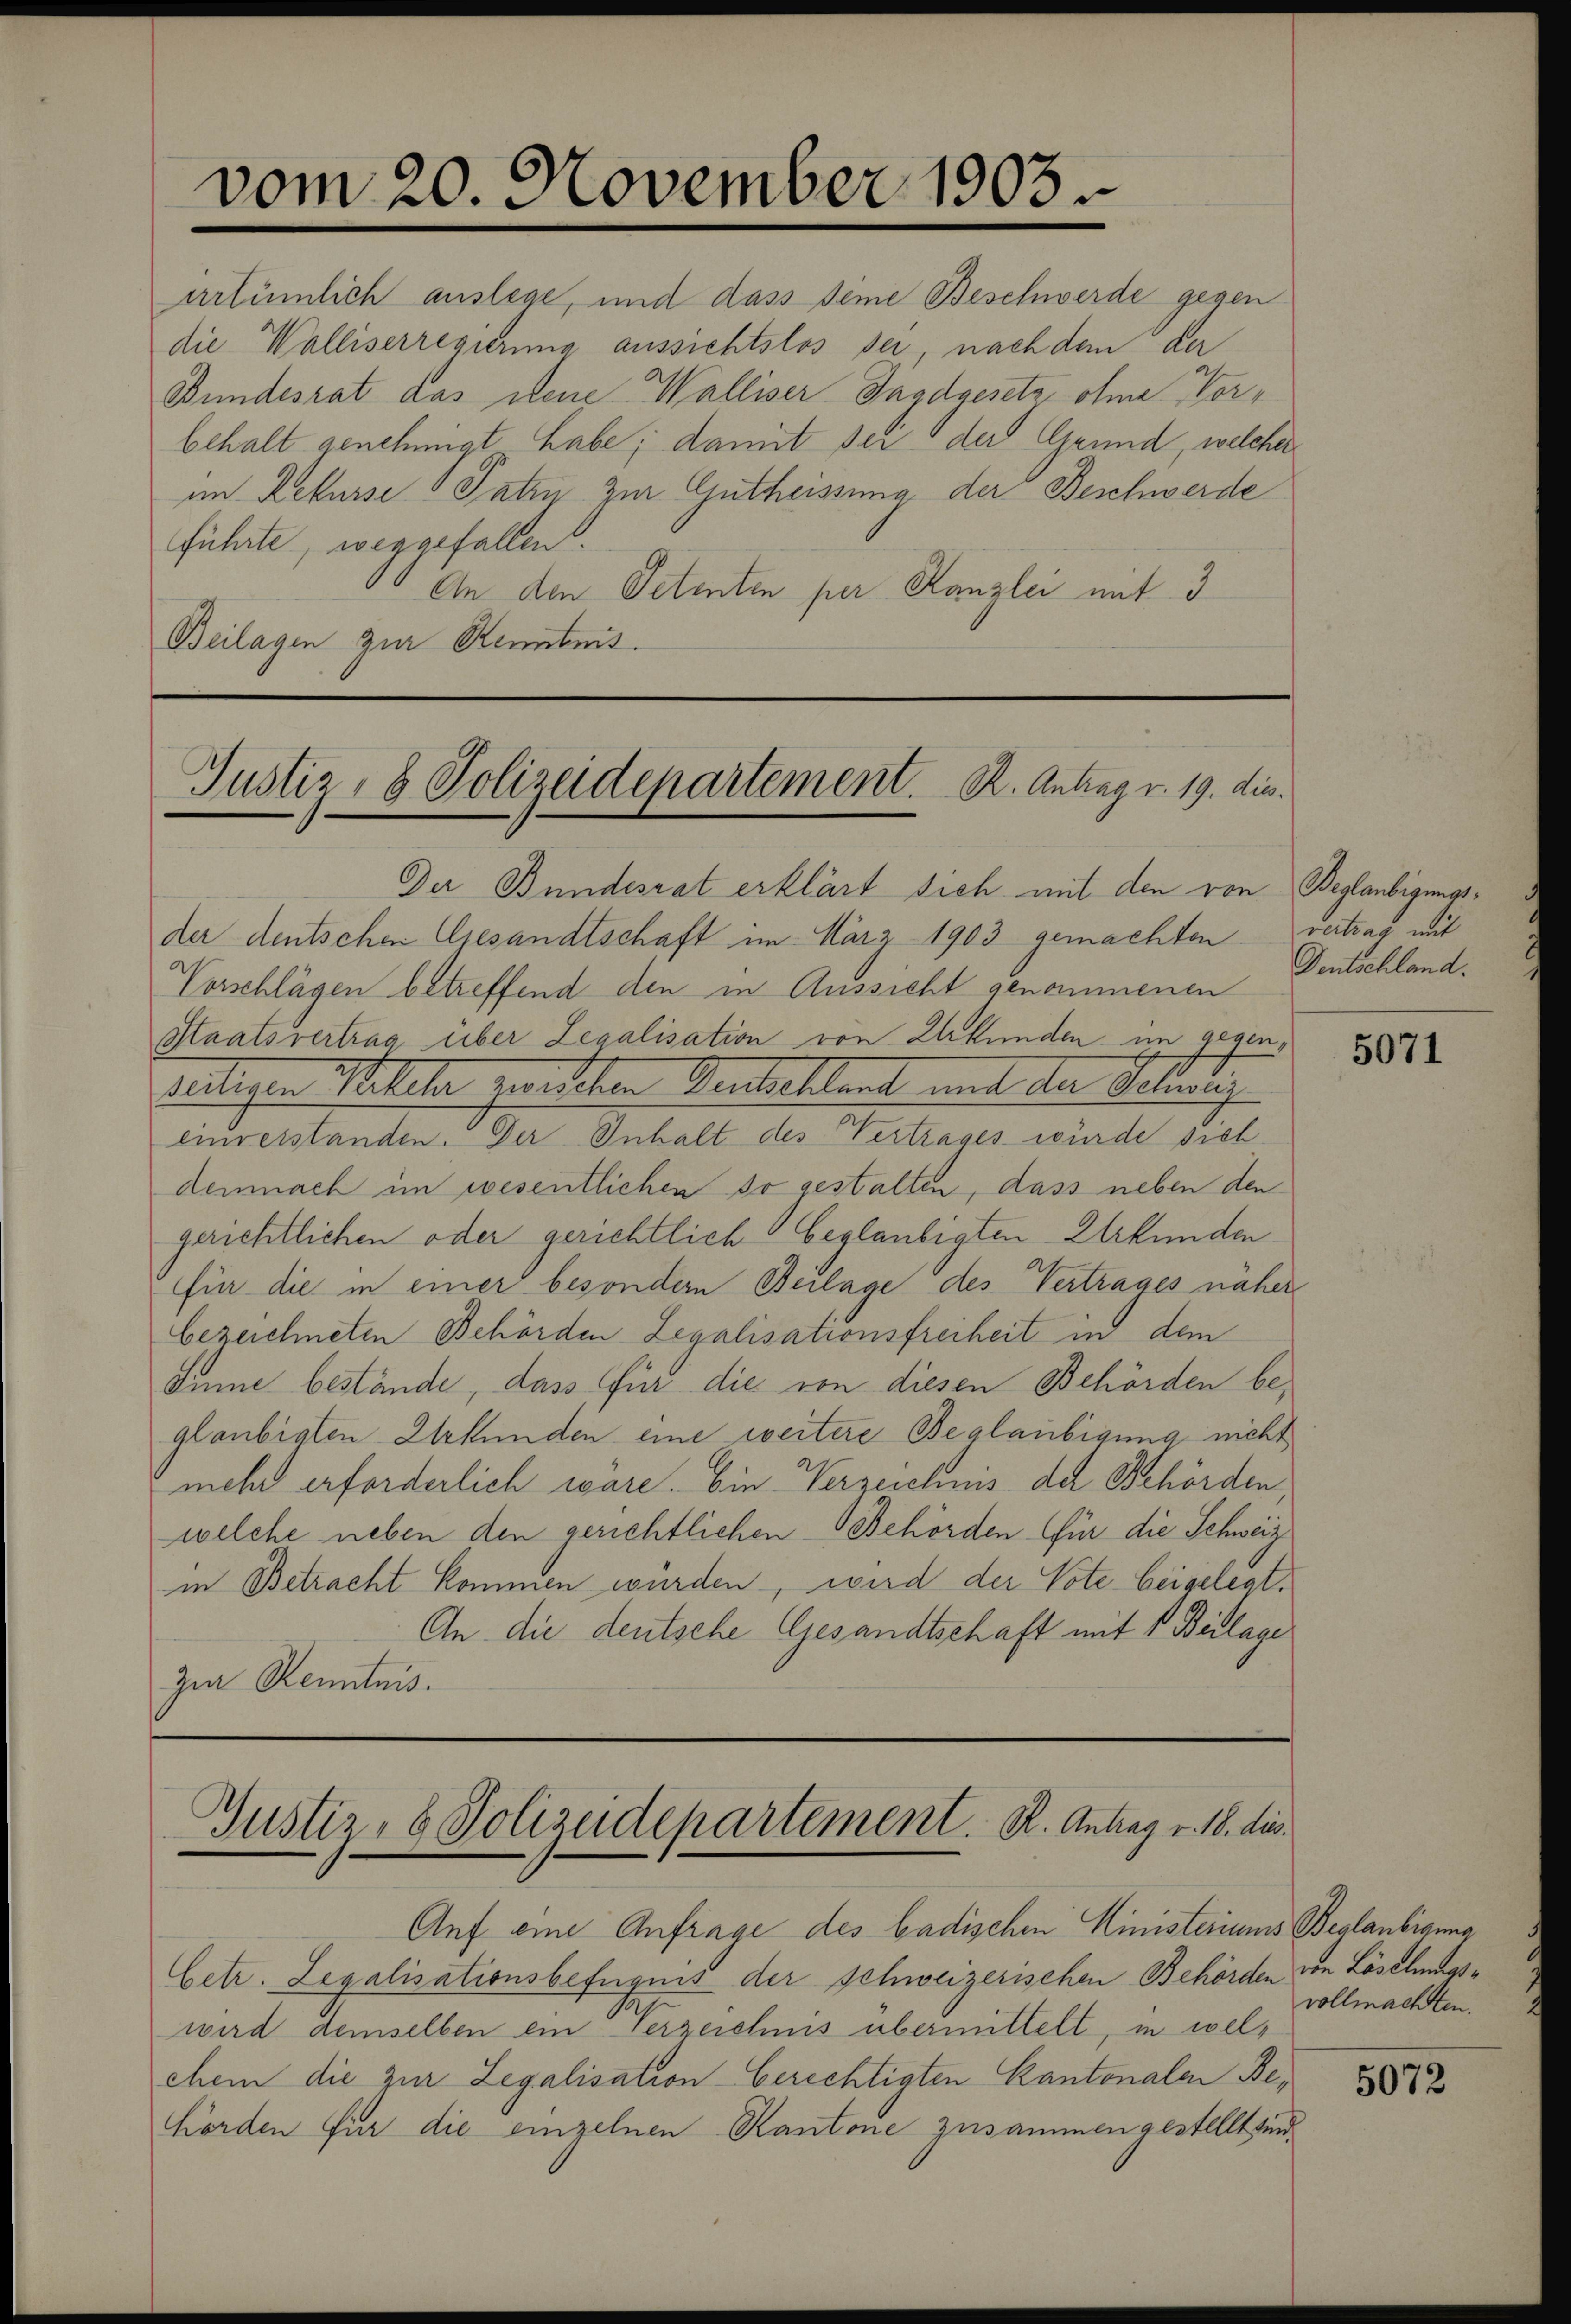
artümlich auslege, und dass seine Beschwerde gegen
die Walliserregierung aussichtslos sei, nach dem der
Bundesrat das dene Walliser-Tagdgesetz ohne Vorbehalt genehmigt habe; damit sei der Grund, welcher
im Rekurse Paten zur Gutheissung der Beschwerde
führte, weggefallen.
An den Petenten per Kanzlei mit 3
Beilagen zur Kenntnis.

vom 20. November 1903.

Justiz- & Polizeidepartement. R. Antrag v. 19. die

Gustiz- & Polizeidepartement. K. Antrag v. 18. dies

Der Bundesrat erklärt sich mit den von Beglaubigungsder deutschen Gesandtschaft im März 1903 gemachten vertrag mit
Vorschlägen betreffend den in Aussicht genommenen
Staatsvertrag über Legalisation von Urkunden im gegen¬
Meiligen Melche zwischen Ventuellant mit der Stellung
einverstanden. Der Inhalt des Vertrages würde sich
demnach im wesentlichen so gestalten, dass neben den
gerichtlichen oder gerichtlich beglaubigten Urkunden
für die in einer besondern Beilage des Vertrages näher
bezeichneten Behörden Legalisationsfreiheit in dem
önne bestände, dass für die von diesen Behörden beglaubigten Urkunden eine weitere Beglaubigung nicht
mehr erforderlich wäre. Ein Verzeichnis der Behörden,
welche neben den gerichtlichen Behörden für die Schweiz
in Betracht kommen würden, wird der Vote beigelegt.
An die deutsche Gesandtschaft mit 1 Bilage
Zur Kenntnis.

Auf eine Anfrage des badischen Ministeriums Beglaubigung
Cetr. Legalisationsbefugnis der Schweizerischen Behörden von Löschungswird demselben ein Verzeichnis übermittelt, in welchem die zur Legalisation berechtigten Kantonalen Behörden für die einzelnen Kantone zusammen gestellt sind.

Deutschland.

5071

vollmachten.

5072